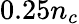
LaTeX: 0.25n_{c}